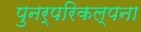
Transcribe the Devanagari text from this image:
पुनर्परिकल्पना